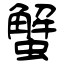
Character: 蟹